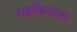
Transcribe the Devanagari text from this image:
सहक्रियाता